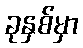
ခုနှစ်မှာ